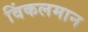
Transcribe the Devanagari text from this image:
विंकलमान